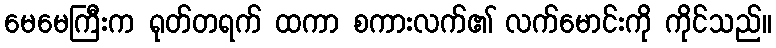
မေမေကြီးက ရုတ်တရက် ထကာ စကားလက်၏ လက်မောင်းကို ကိုင်သည်။